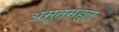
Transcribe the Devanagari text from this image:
अमृतमहल